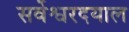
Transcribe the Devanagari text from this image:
सर्वेश्वरदयाल